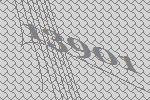
13901